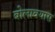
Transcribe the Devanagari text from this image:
बोलावयास